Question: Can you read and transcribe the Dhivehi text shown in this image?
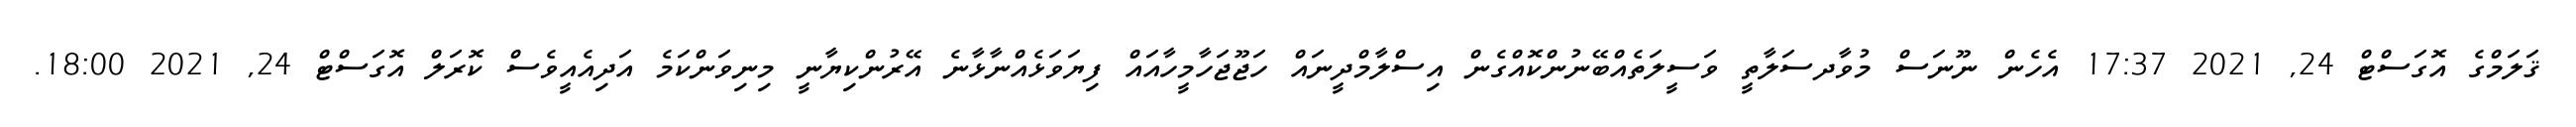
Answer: ޤަލަމްގެ އޮގަސްޓް 24, 2021 17:37 އެހެން ނޫނަސް މުވާދސަލާތީ ވަސީލަތެއްބޭނުންކޮއްގެން އިސްލާމްދީނައް ހަޖޫޖަހާމީހާއައް ފިޔަވަޅެއްނާޅާނެ އޭރުންކިޔާނީ މިނިވަންކަމެ އަދިއެއީވެސް ކޮރަލް އޮގަސްޓް 24, 2021 18:00.